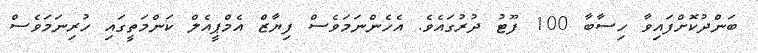
ބަންދުކޮށްފައިވާ ހިސާބާ 100 ފޫޓު ދުރުގައެވެ. އެހެންނަމަވެސް ފިޔާޒް އެމްޕީއެލް ކަންމަތީގައި ހުރިނަމަވެސް